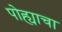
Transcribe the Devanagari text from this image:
पोह्याचा